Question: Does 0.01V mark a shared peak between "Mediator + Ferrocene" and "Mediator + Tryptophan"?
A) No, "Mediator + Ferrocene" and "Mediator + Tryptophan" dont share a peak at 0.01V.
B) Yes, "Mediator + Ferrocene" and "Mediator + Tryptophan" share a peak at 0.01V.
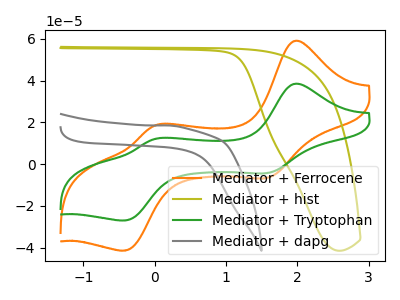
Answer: <think>The orange curve "Mediator + Ferrocene" has anodic peaks at (1.95V, 59.00uA) (0.00V, 18.65uA) and cathodic peaks at (1.55V, -6.65uA) (-0.40V, -41.40uA). The olive curve "Mediator + hist" has no peaks. The green curve "Mediator + Tryptophan" has anodic peaks at (1.95V, 38.45uA) (0.00V, 12.15uA) and cathodic peaks at (1.55V, -4.30uA) (-0.40V, -26.95uA). The gray curve "Mediator + dapg" has no peaks.</think>
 <answer>B) Yes, "Mediator + Ferrocene" and "Mediator + Tryptophan" share a peak at 0.01V.</answer>
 <eval>B</eval>